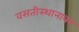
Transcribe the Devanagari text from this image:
वसतीस्थानावर